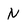
Character: N